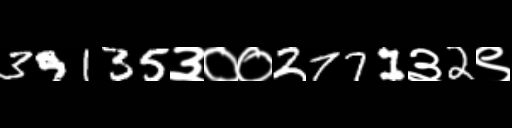
Text: 39135३००2771३2९